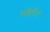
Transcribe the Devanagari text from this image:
तब्बेतीत